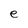
Character: e